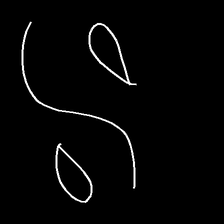
Glyph: water